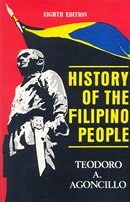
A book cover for History of the Filipino People (Eighth Edition) - Philippine Book; Teodoro Agoncillo -; History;